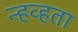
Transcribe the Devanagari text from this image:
न्हव्हता